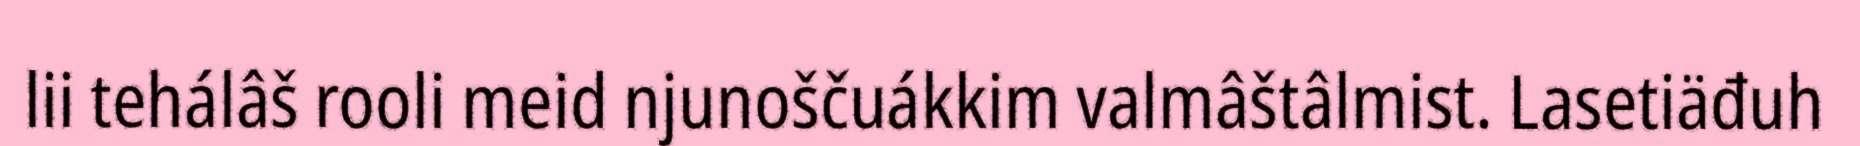
lii tehálâš rooli meid njunoščuákkim valmâštâlmist. Lasetiäđuh